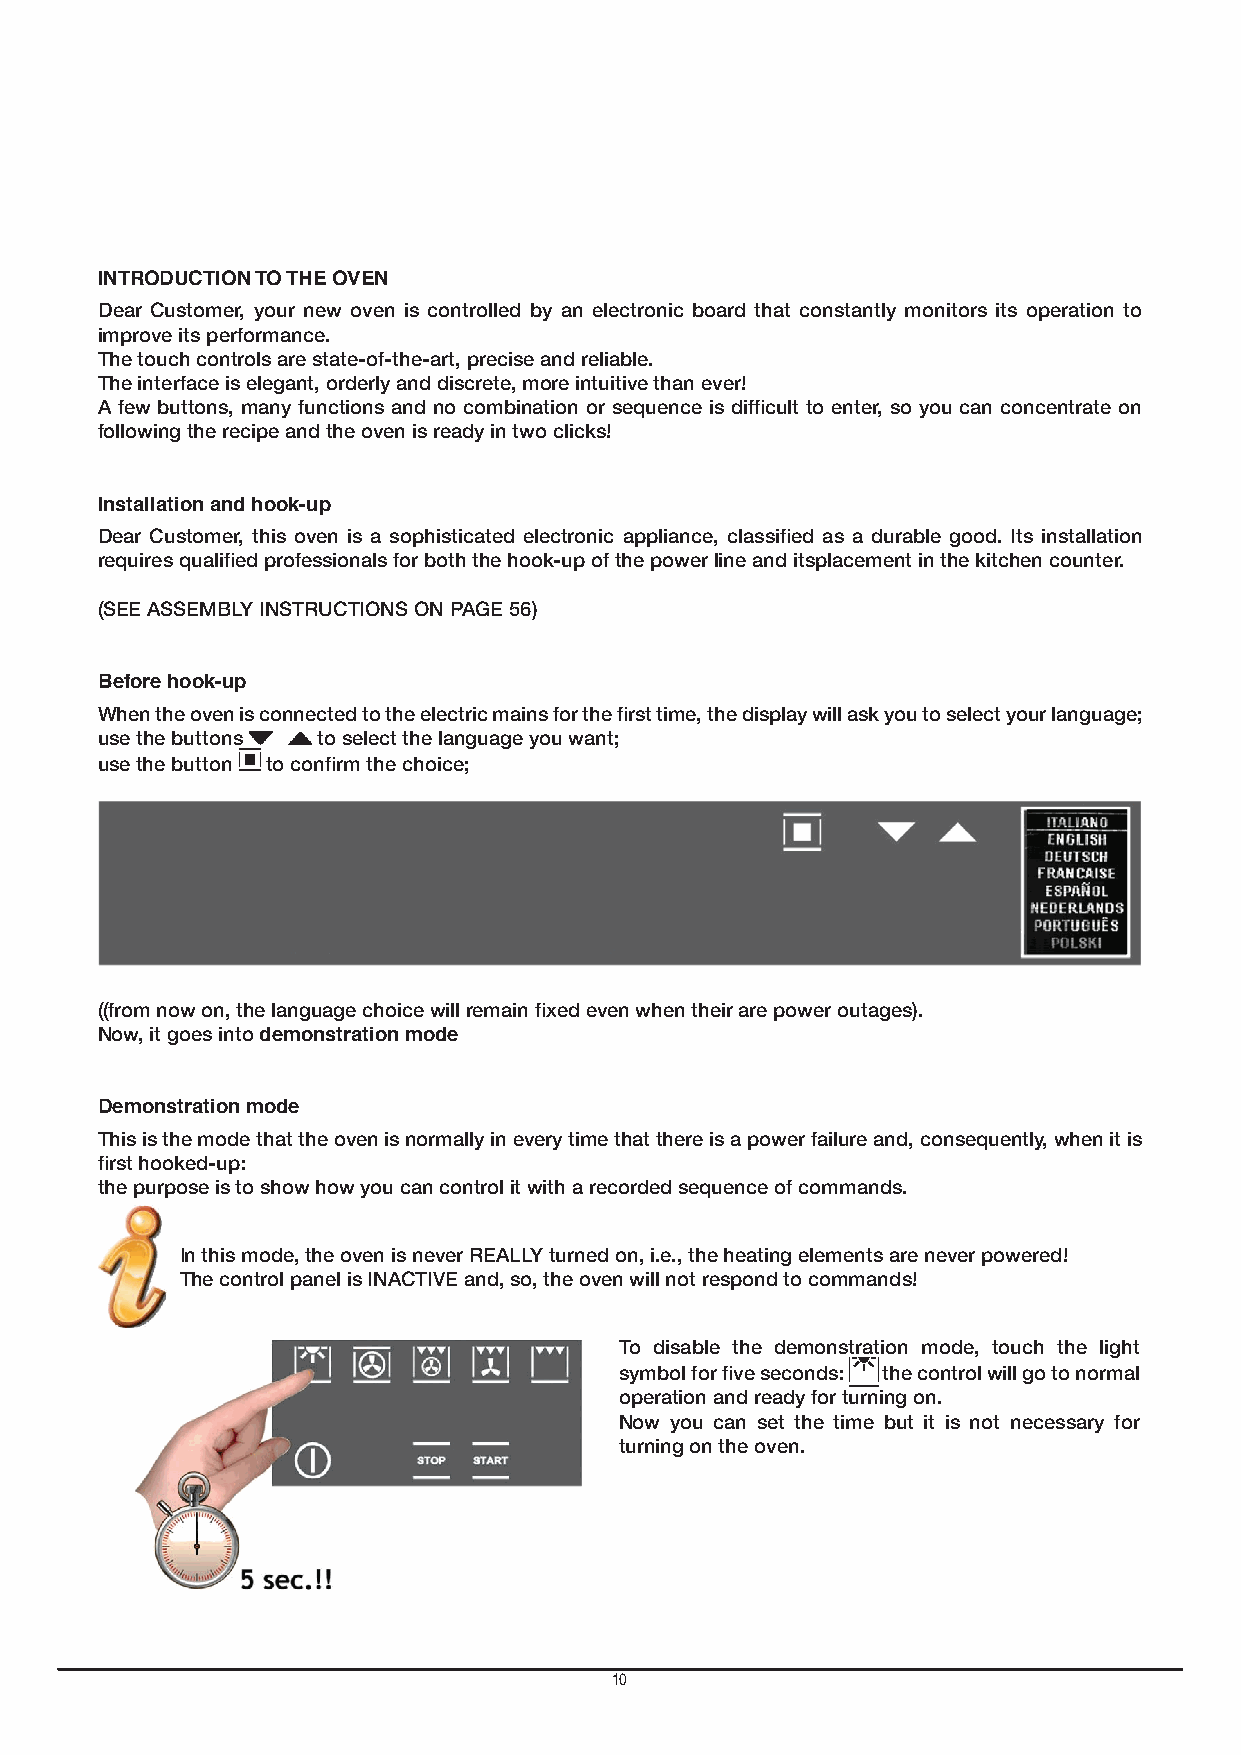
INTRODUCTION TO THE OVEN
 Dear Customer, your new oven is controlled by an electronic board that constantly monitors its operation to
 improve its performance.
 The touch controls are state-of-the-art, precise and reliable.
 The interface is elegant, orderly and discrete, more intuitive than ever!
 A few buttons, many functions and no combination or sequence is difficult to enter, so you can concentrate on
 GB
 following the recipe and the oven is ready in two clicks!
 Installation and hook-up
 Dear Customer, this oven is a sophisticated electronic appliance, classified as a durable good. Its installation
 requires qualified professionals for both the hook-up of the power line and itsplacement in the kitchen counter.
 (SEE ASSEMBLY INSTRUCTIONS ON PAGE 56)
 Before hook-up
 When the oven is connected to the electric mains for the first time, the display will ask you to select your language;
 use the buttons to select the language you want;
 use the button to confirm the choice;
 ((from now on, the language choice will remain fixed even when their are power outages).
 Now, it goes into demonstration mode
 Demonstration mode
 This is the mode that the oven is normally in every time that there is a power failure and, consequently, when it is
 first hooked-up:
 the purpose is to show how you can control it with a recorded sequence of commands.
 In this mode, the oven is never REALLY turned on, i.e., the heating elements are never powered!
 The control panel is INACTIVE and, so, the oven will not respond to commands!
 To disable the demonstration mode, touch the light
 symbol for five seconds: the control will go to normal
 operation and ready for turning on.
 Now you can set the time but it is not necessary for
 turning on the oven.
 10